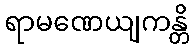
ရာမဏေယျကန္တိ